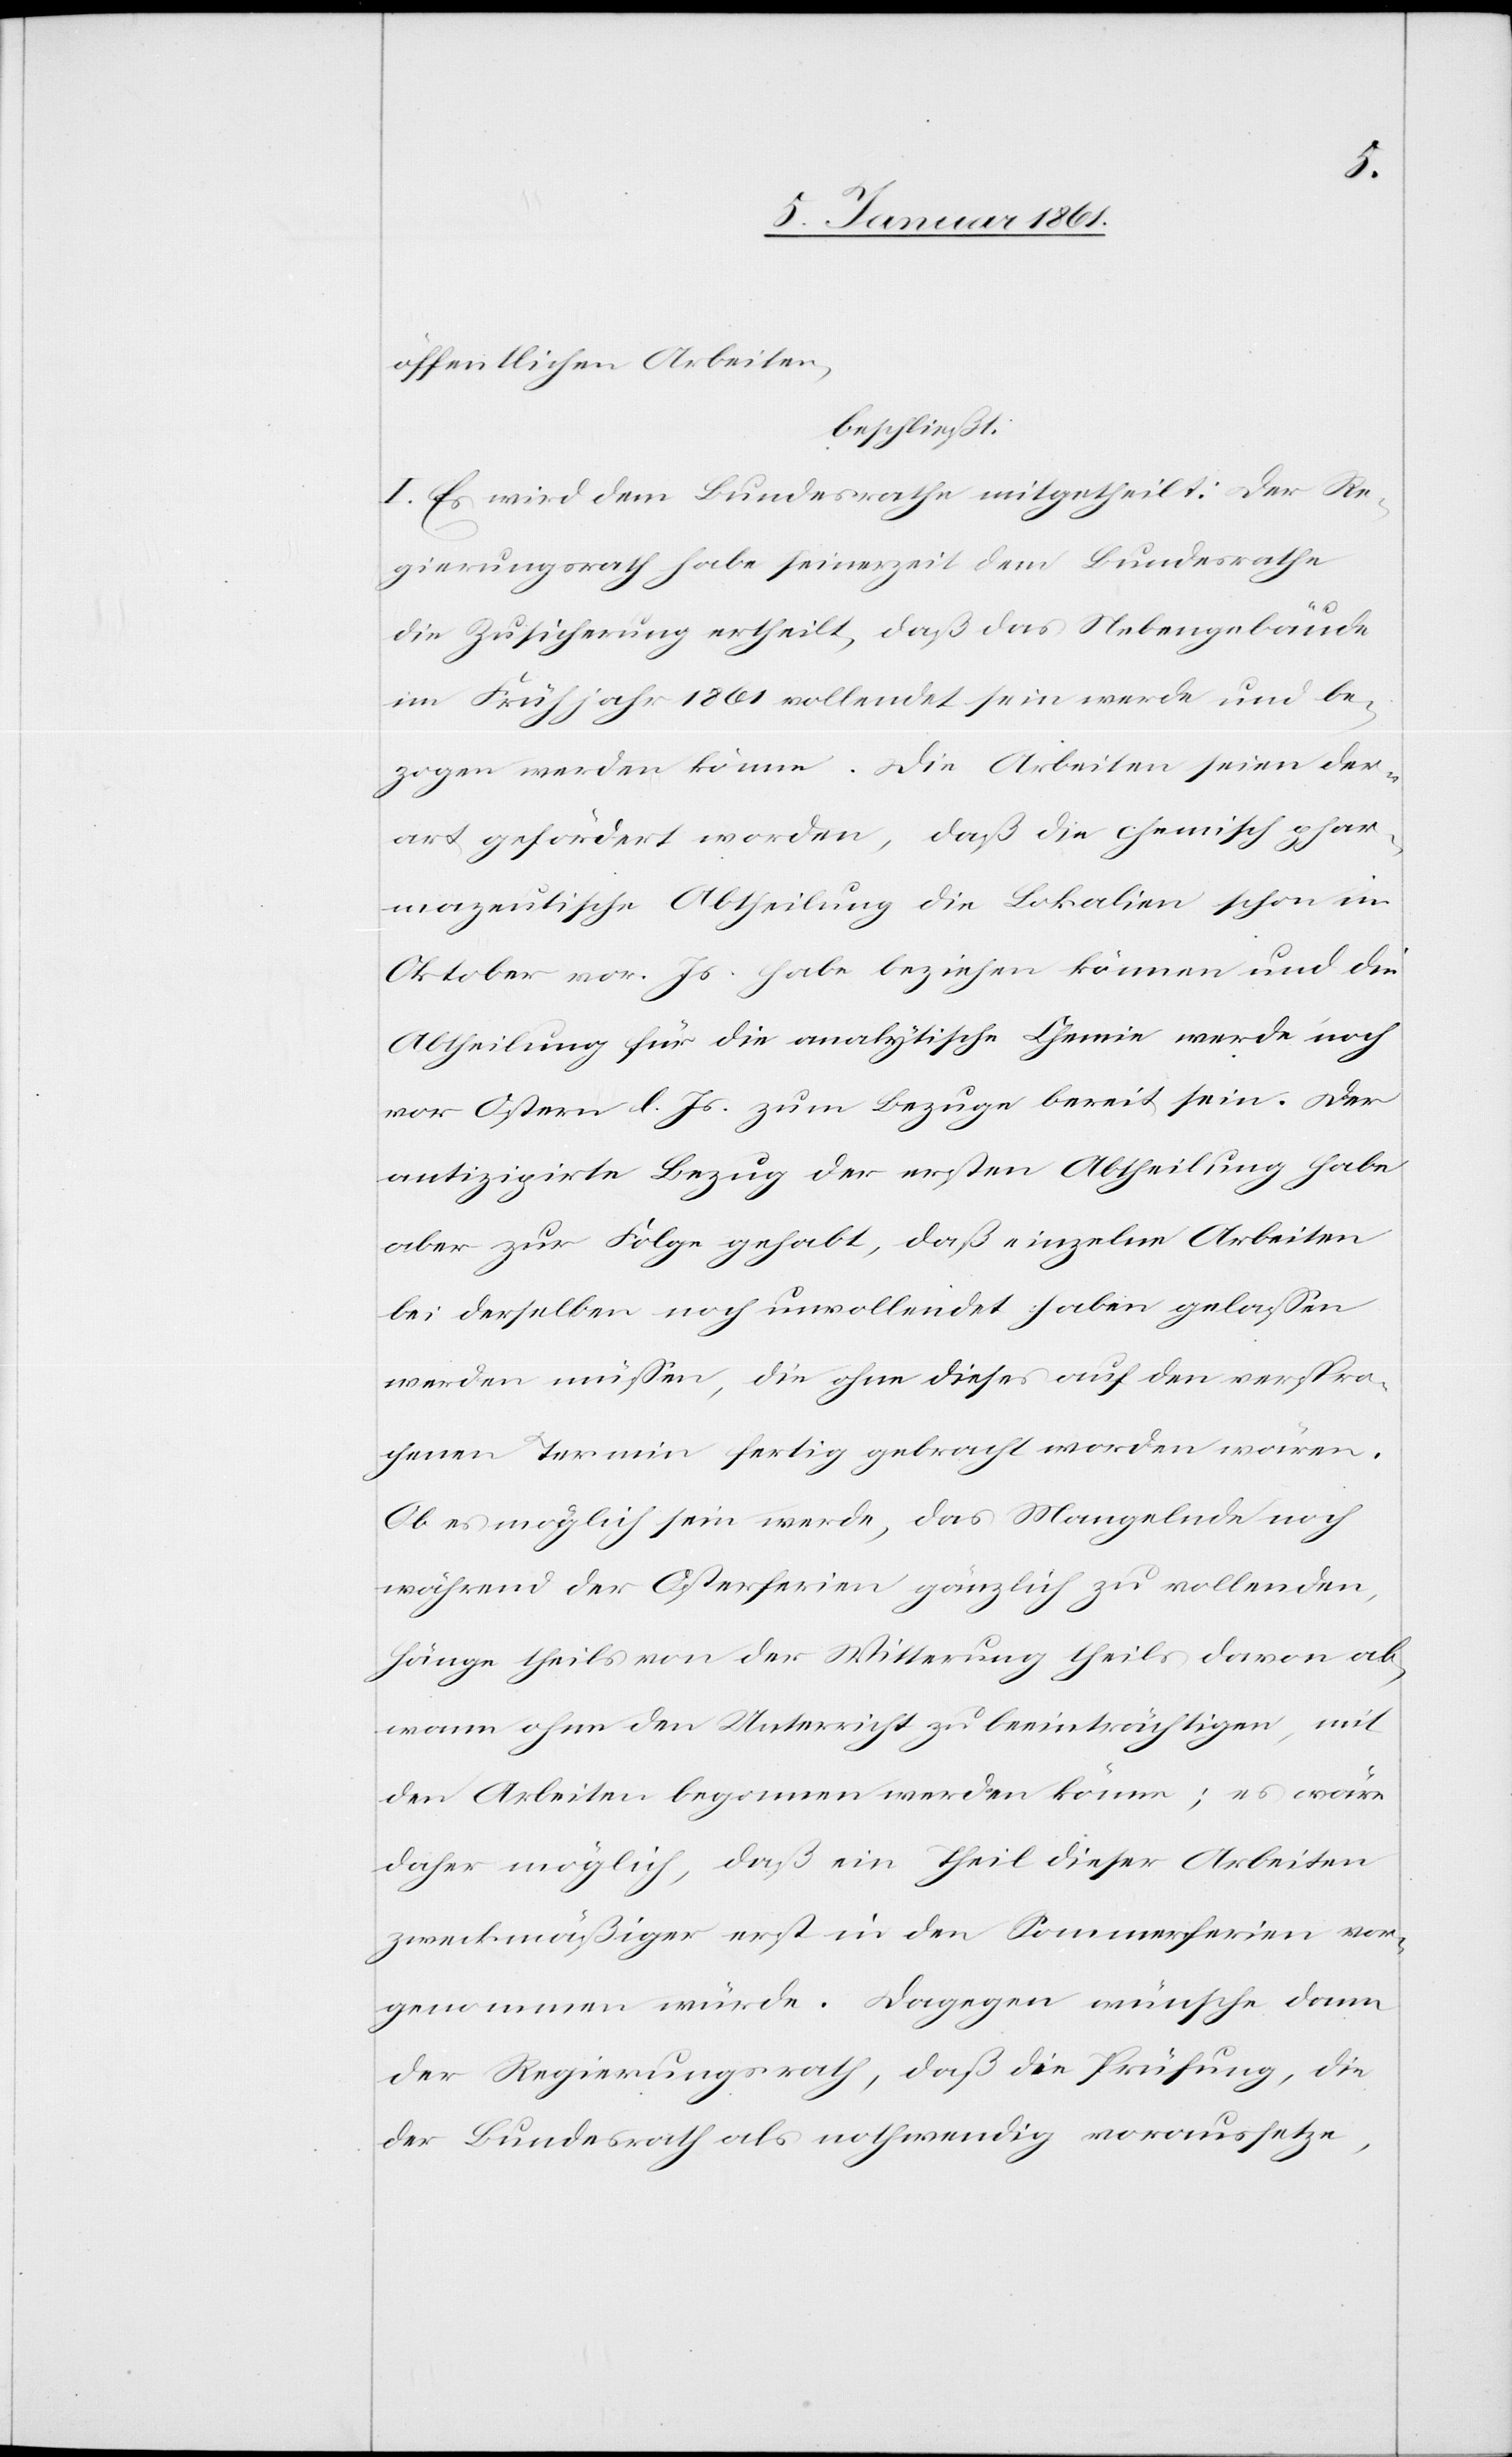
öffentlichen Arbeiten,
beschliesst:
I. Es wird dem Bundesrathe mitgetheilt: Der Re¬
gierungsrathe habe seinerzeit dem Bundesrathe
die Zusicherung ertheilt, daß das Nebengebäude
im Frühjahr 1861 vollendet sein werde und be¬
zogen werden könne. Die Arbeiten seien der¬
art gefördert worden, daß die chemisch phar¬
mazeutische Abtheilung die Lokalien schon im
Oktober vor. Js. habe beziehen können und die
Abtheilung für die analytische Chemie werde noch
vor Ostern d. Js. zum Bezuge bereit sein. Der
antizipirte Bezug der ersten Abtheilung habe
aber zur Folge gehabt, daß einzelne Arbeiten
bei derselben noch unvollendet haben gelassen
werden müssen, die ohne dieses auf den verspro¬
chenen Termin fertig gebracht worden wären.
Ob es möglich sein werde, das Mangelnde noch
während der Osterferien gänzlich zu vollenden,
hänge theils von der Witterung theils davon ab,
wann ohne den Unterricht zu beeinträchtigen, mit
den Arbeiten begonnen werden könne; es wäre
daher möglich, daß ein Theil dieser Arbeiten
zweckmäßiger erst in den Sommerferien vor¬
genommen würde. Dagegen wünsche dann
der Regierungsrath, daß die Prüfung, die
der Bundesrath als nothwendig voraussetze,